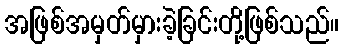
အဖြစ်အမှတ်မှားခဲ့ခြင်းတို့ဖြစ်သည်။